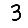
Digit: 3